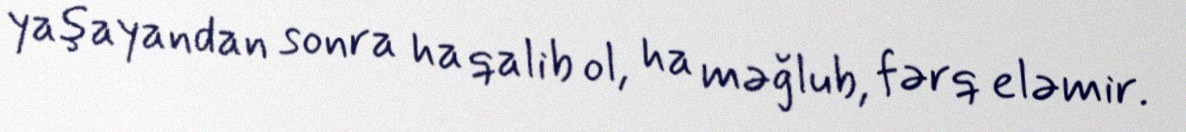
yaşayandan sonra ha qalib ol, ha məğlub, fərq eləmir.